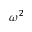
\omega ^ { 2 }